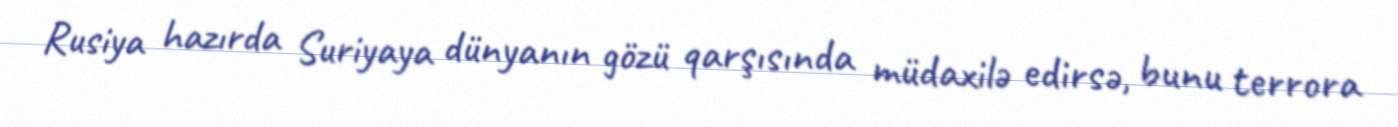
Rusiya hazırda Suriyaya dünyanın gözü qarşısında müdaxilə edirsə, bunu terrora